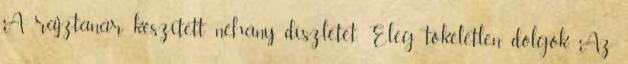
A rajztanár készített néhány díszletet. Elég tökéletlen dolgok. Az